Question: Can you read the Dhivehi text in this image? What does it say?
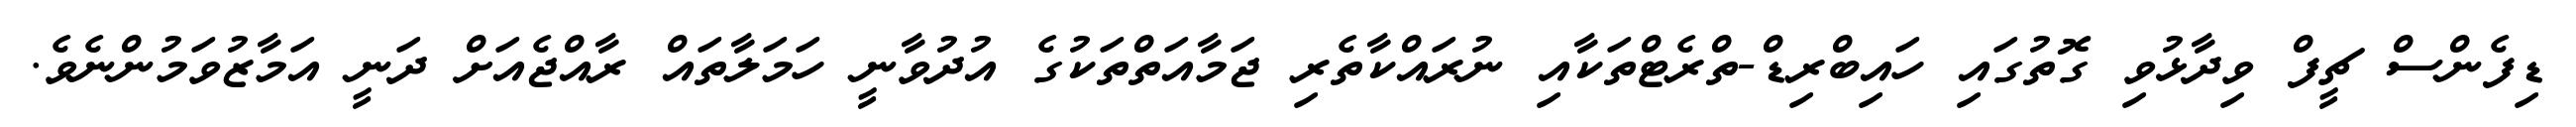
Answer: ޑިފެންސް ޗީފް ވިދާޅުވި ގޮތުގައި ހައިބްރިޑް-ތްރެޓްތަކާއި ނުރައްކާތެރި ޖަމާއަތްތަކުގެ އުދުވާނީ ހަމަލާތައް ރާއްޖެއަށް ދަނީ އަމާޒުވަމުންނެވެ.